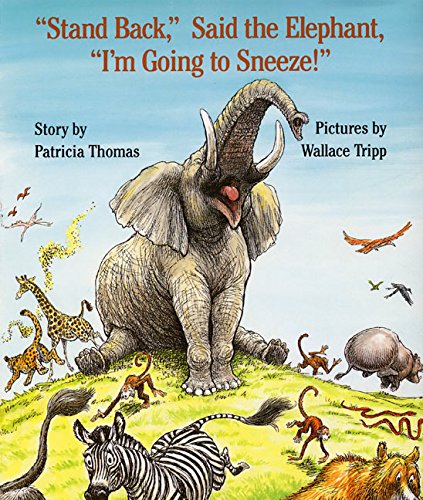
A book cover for "Stand Back," Said the Elephant, "I'm Going to Sneeze!"; Patricia Thomas; Children's Books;